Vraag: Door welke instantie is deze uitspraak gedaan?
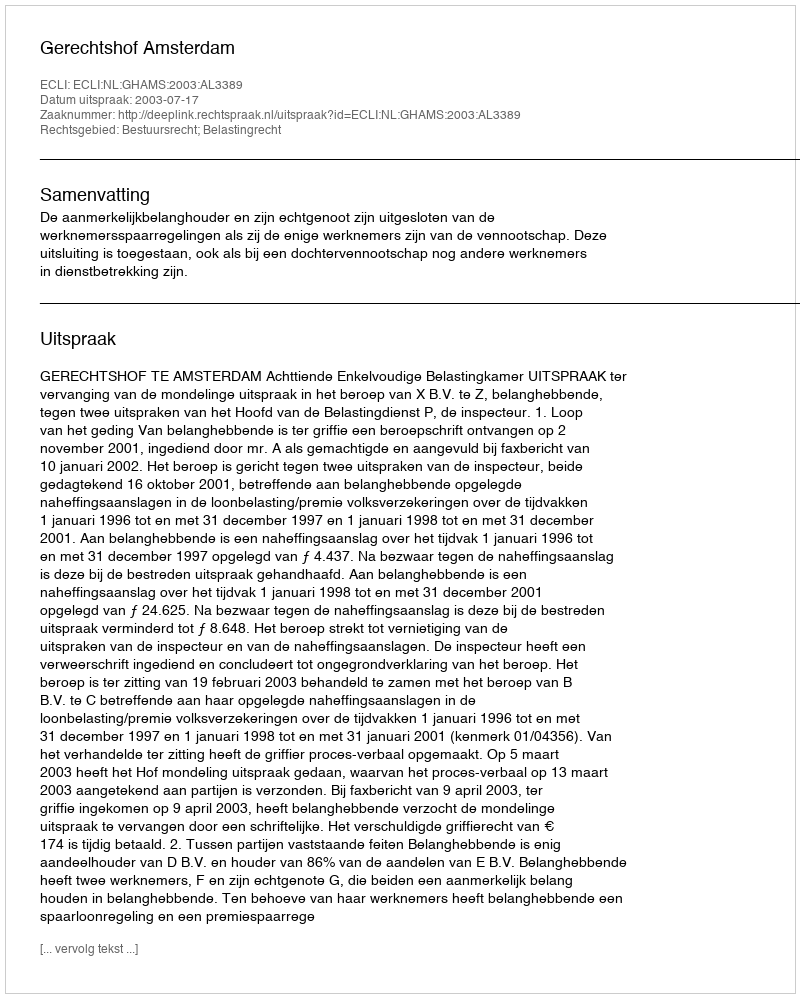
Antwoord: Gerechtshof Amsterdam